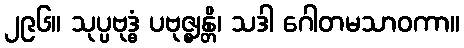
၂၉၆။ သုပ္ပဗုဒ္ဓံ ပဗုဇ္ဈန္တိ၊ သဒါ ဂေါတမသာဝကာ။